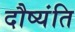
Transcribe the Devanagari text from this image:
दौष्यंति